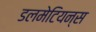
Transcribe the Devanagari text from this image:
डलमेटियन्स